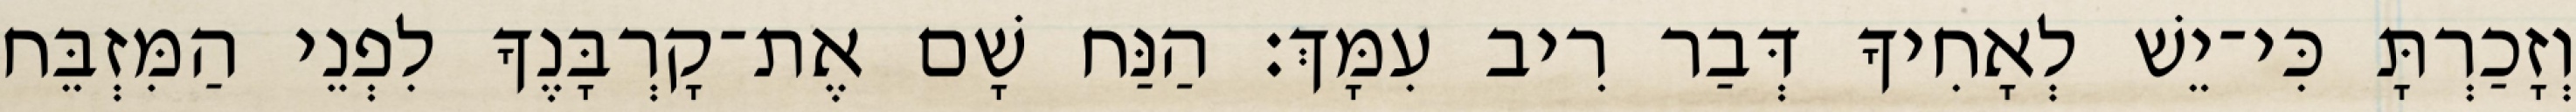
וְזָכַרְתָּ כִּי־יֵשׁ לְאָחִיךָ דְּבַר רִיב עִמָּךְ׃ הַנַּח שָׁם אֶת־קָרְבָּנֶךָ לִפְנֵי הַמִּזְבֵּח